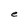
Character: e